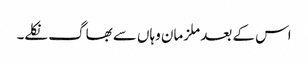
اس کے بعد ملزمان وہاں سے بھاگ نکلے۔